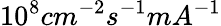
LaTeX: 10^{8}cm^{-2}s^{-1}mA^{-1}